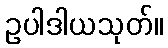
ဥပါဒါယသုတ်။